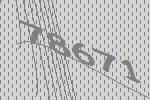
78671